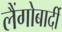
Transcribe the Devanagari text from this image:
लैंगोबार्दी